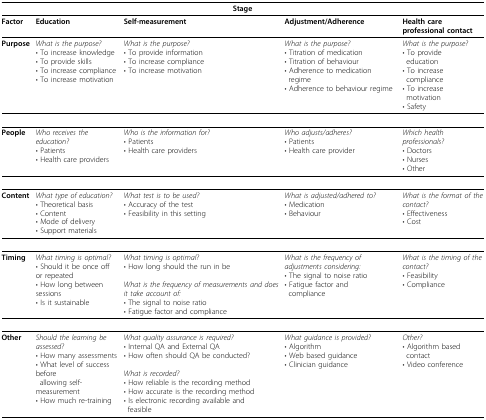
<table><thead><tr><td colspan="5"><b>Stage</b></td></tr></thead><tbody><tr><td><b>Factor</b></td><td><b>Education</b></td><td><b>Self-measurement</b></td><td><b>Adjustment/Adherence</b></td><td><b>Health care professional contact</b></td></tr><tr><td><b>Purpose</b></td><td><i>What is the purpose?</i>• To increase knowledge• To provide skills• To increase compliance• To increase motivation</td><td><i>What is the purpose?</i>• To provide information• To increase compliance• To increase motivation</td><td><i>What is the purpose?</i>• Titration of medication• Titration of behaviour• Adherence to medication regime• Adherence to behaviour regime</td><td><i>What is the purpose?</i>• To provide education• To increase compliance• To increase motivation• Safety</td></tr><tr><td><b>People</b></td><td><i>Who receives the education?</i>• Patients• Health care providers</td><td><i>Who is the information for?</i>• Patients• Health care providers</td><td><i>Who adjusts/adheres?</i>• Patients• Health care provider</td><td><i>Which health professionals?</i>• Doctors• Nurses• Other</td></tr><tr><td><b>Content</b></td><td><i>What type of education?</i>• Theoretical basis• Content• Mode of delivery• Support materials</td><td><i>What test is to be used?</i>• Accuracy of the test• Feasibility in this setting</td><td><i>What is adjusted/adhered to?</i>• Medication• Behaviour</td><td><i>What is the format of the contact?</i>• Effectiveness• Cost</td></tr><tr><td><b>Timing</b></td><td><i>What timing is optimal?</i>• Should it be once off or repeated• How long between sessions• Is it sustainable</td><td><i>What timing is optimal?</i>• How long should the run in be<i>What is the frequency of measurements and does it take account of:</i>• The signal to noise ratio• Fatigue factor and compliance</td><td><i>What is the frequency of adjustments considering:</i>• The signal to noise ratio• Fatigue factor and compliance</td><td><i>What is the timing of the contact?</i>• Feasibility• Compliance</td></tr><tr><td><b>Other</b></td><td><i>Should the learning be assessed?</i>• How many assessments• What level of success before allowing self-measurement• How much re-training</td><td><i>What quality assurance is required?</i>• Internal QA and External QA• How often should QA be conducted?<i>What is recorded?</i>• How reliable is the recording method• How accurate is the recording method• Is electronic recording available and feasible</td><td><i>What guidance is provided?</i>• Algorithm• Web based guidance• Clinician guidance</td><td><i>Other?</i>• Algorithm based contact• Video conference</td></tr></tbody></table>